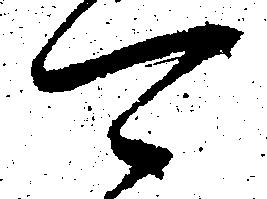
可